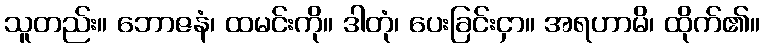
သူတည်း။ ဘောဇနံ၊ ထမင်းကို။ ဒါတုံ၊ ပေးခြင်းငှာ။ အရဟာမိ၊ ထိုက်၏။